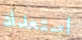
استعداد